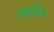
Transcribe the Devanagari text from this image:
समलैंगि